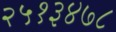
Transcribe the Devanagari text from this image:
२५१३४७८